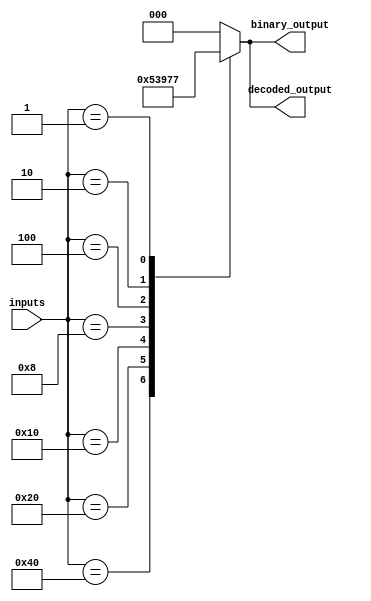
module priority_encoder_decoder (
    input wire [7:0] inputs,
    output reg [2:0] binary_output,
    output reg [2:0] decoded_output
);

always @(*) begin
    case (inputs)
        8'b10000000: begin
            binary_output <= 3'b000;
            decoded_output <= 3'b000;
        end
        8'b01000000: begin
            binary_output <= 3'b001;
            decoded_output <= 3'b001;
        end
        8'b00100000: begin
            binary_output <= 3'b010;
            decoded_output <= 3'b010;
        end
        8'b00010000: begin
            binary_output <= 3'b011;
            decoded_output <= 3'b011;
        end
        8'b00001000: begin
            binary_output <= 3'b100;
            decoded_output <= 3'b100;
        end
        8'b00000100: begin
            binary_output <= 3'b101;
            decoded_output <= 3'b101;
        end
        8'b00000010: begin
            binary_output <= 3'b110;
            decoded_output <= 3'b110;
        end
        8'b00000001: begin
            binary_output <= 3'b111;
            decoded_output <= 3'b111;
        end
        default: begin
            binary_output <= 3'b000;
            decoded_output <= 3'b000;
        end
    endcase
end

endmodule